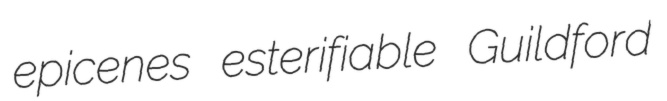
epicenes esterifiable Guildford